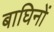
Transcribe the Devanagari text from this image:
बाघिनों